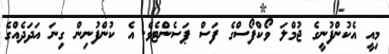
މިއީ އެކުންފުނީގެ ޖުމްލަ ވޯކްފޯސްގެ ފަސް ޕަސެންޓެވެ. އެ ކުންފުނިން ގިނަ އަދަދެއްގެ